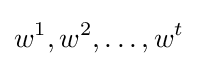
w^{1},w^{2},\ldots ,w^{t}